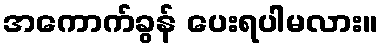
အကောက်ခွန် ပေးရပါမလား။